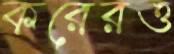
করেরও